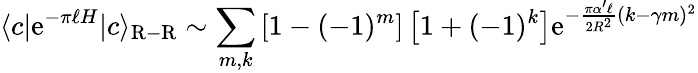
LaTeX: \langle c|\mathrm{e}^{-\pi\ell H}|c\rangle_{\mathrm{R-R}}\sim\sum_{m,k}\left[1-(-1)^{m}\right]\left[1+(-1)^{k}\right]\mathrm{e}^{-{\frac{\pi\alpha^{\prime}\ell}{2R^{2}}}(k-\gamma m)^{2}}